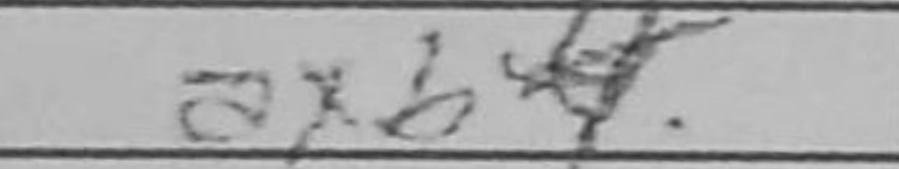
Transcription: axb4